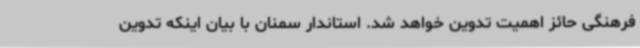
فرهنگی حائز اهمیت تدوین خواهد شد.‌ استاندار سمنان با بیان اینکه تدوین